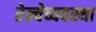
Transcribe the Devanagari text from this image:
रेल्वेव्यवस्था